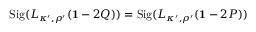
\mathrm { S i g } ( L _ { \kappa ^ { \prime } , \rho ^ { \prime } } ( { \bf 1 } - 2 Q ) ) = \mathrm { S i g } ( L _ { \kappa ^ { \prime } , \rho ^ { \prime } } ( { \bf 1 } - 2 P ) )